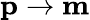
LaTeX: \mathbf p\to\mathbf m